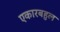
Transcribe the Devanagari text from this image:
एकारबहुल